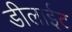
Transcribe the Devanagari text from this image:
डीलाईट